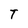
Character: T